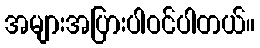
အများအပြားပါဝင်ပါတယ်။